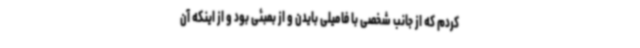
کردم که از جانب شخصی با فامیلی بایدن و از بمبئی بود و از اینکه آن